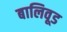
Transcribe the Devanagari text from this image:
बालिवूड